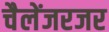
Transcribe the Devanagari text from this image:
चैलेंजरजर